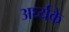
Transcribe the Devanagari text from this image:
अर्घ्यके